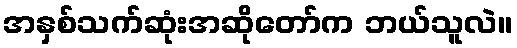
အနှစ်သက်ဆုံးအဆိုတော်က ဘယ်သူလဲ။